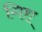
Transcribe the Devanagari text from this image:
गिरा